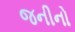
જનીનો